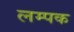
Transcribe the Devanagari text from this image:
लम्पक